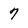
Character: 7